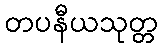
တပနီယသုတ္တ